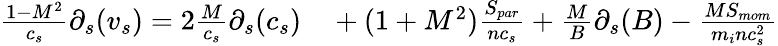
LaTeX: \begin{array}{r}{\frac{1-M^{2}}{c_{s}}\partial_{s}(v_{s})=2\frac{M}{c_{s}}\partial_{s}(c_{s})\ ~~~+(1+M^{2})\frac{S_{par}}{nc_{s}}+\frac{M}{B}\partial_{s}(B)-\frac{MS_{mom}}{m_{i}nc_{s}^{2}}}\end{array}